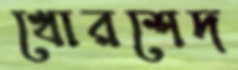
খোরশেদ